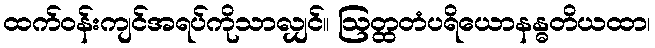
ထက်ဝန်းကျင်အရပ်ကိုသာလျှင်။ ဩတ္ထတံပရိယောနန္ဓတိယထာ၊